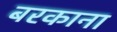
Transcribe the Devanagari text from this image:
बरकाना